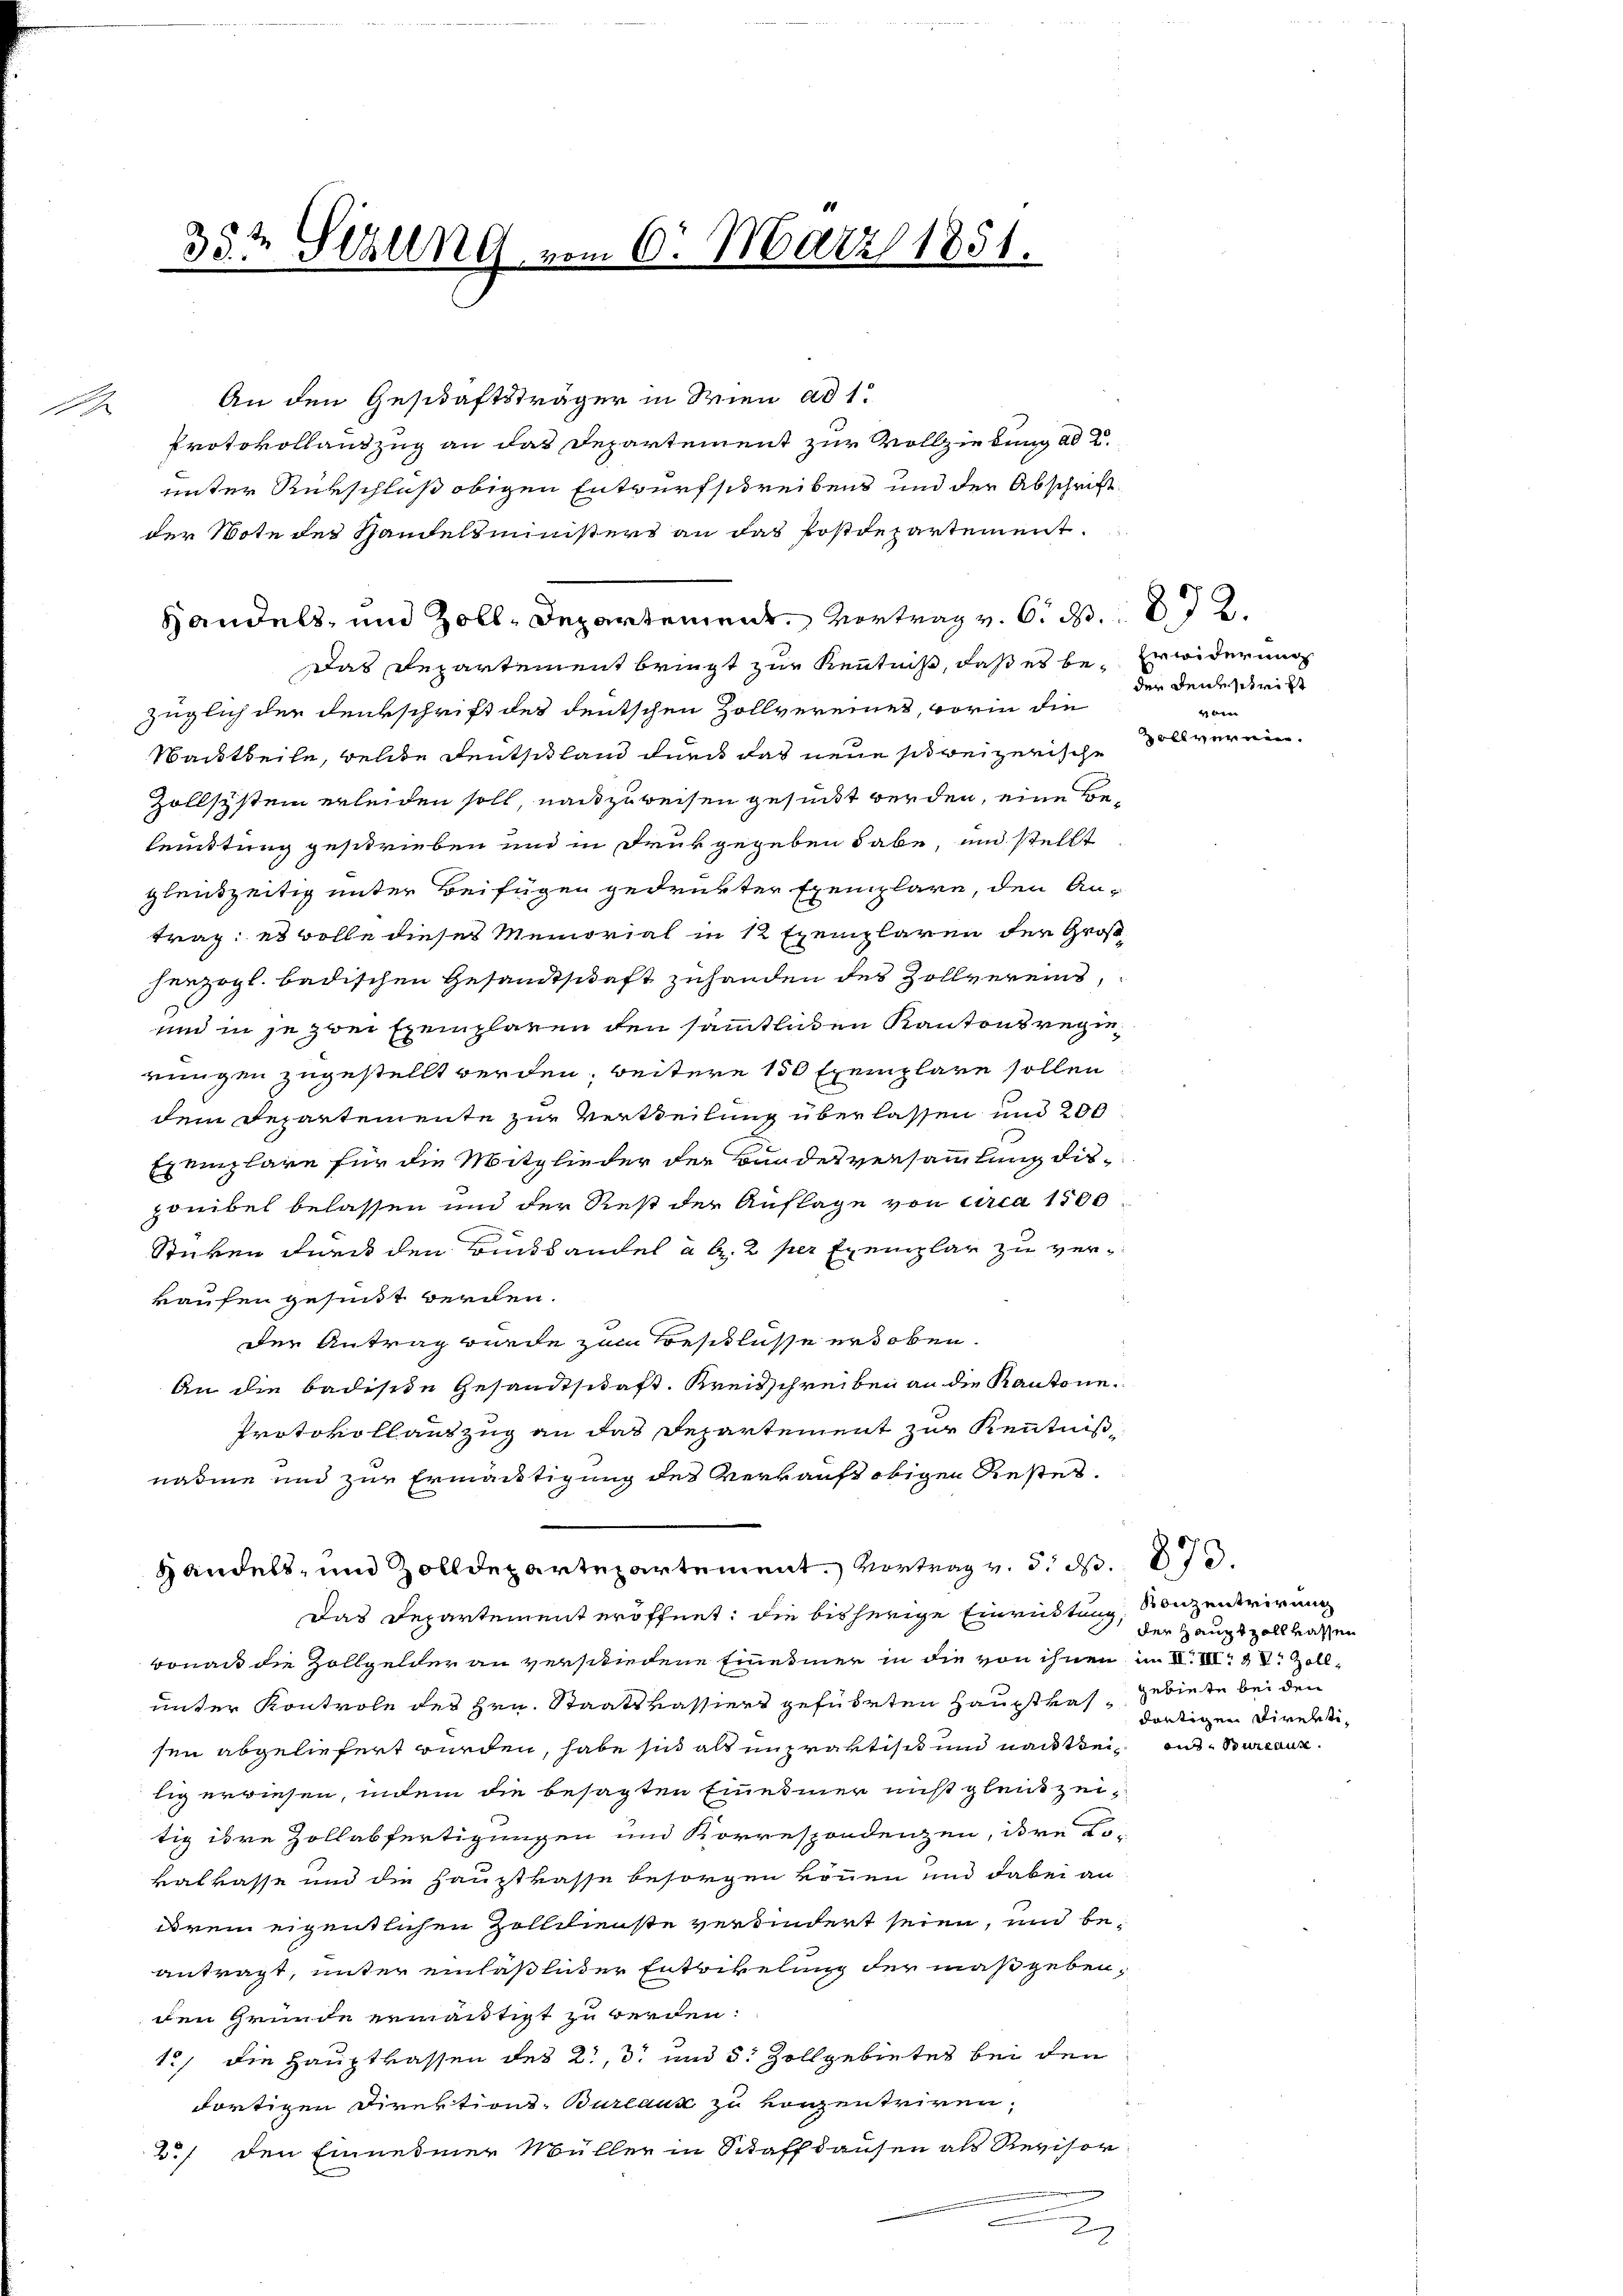
F

An den Geschäftsträger in Wien ad 1.
Protokollauszug an das Departement zur Vollziehung ad 2.
unter Rürschluß obigen Entwurfschreibens und der Abschrift
der Note des Handelsministers an das Postdepartement.
Handels- und Zoll-Departement. Vertrag v. 6. d. 2.
Das Departement bringt zur Kenntniß, daß es bei Erwiderung
züglich der Denkschrift des deutschen Zollvereines, worin die
Mautheile, welche Deutschland nun das neue schweizerische
Zollsystem erleiden soll, nachzuweisen gesuckt werden, eine Beleitung geschrieben und in Druk gegeben habe, und stellt
gleichzeitig unter Beifügen gedruckter Exemplare, den Antrag: es wolle dieses Memorial in 12 Exemplaren der Großherzogl. badischen Gesandtschaft zuhanden des Zollvereins,
und in je zwei Exemplaren den sämmtlichen Kantonsregierungen zugestellt werden; weitere 150 Exemplare sollen
dem Departemente zur Vertheilung überlassen und 200
Exemplare für die Mitglieder der Bundesversammlung dieponibel belassen und der Rest der Auflage von circa 1500
Stücken durch den Bücktandel à b. 2 per Exemplar zu verkaufen gesundt werden.
der Antrag wurde zum Beschlusse erhoben.
An die badische Gesandtschaft. Kreisschreiben an die Kantone
Protokollanzzug an das Departement zur Kenntniß
nahme und zur Ermantigung des Verkauft obigen Restet.
Handels- und Zolldepartepartement. Vortrag v. d. d. 873.
Das Departement eröffnet; die bisherige Einrichtung,
Bona die Zollgelder an verschiedene Einedmer in die von ihnen im II. III 2 S. Zollunter Kontrole des Hrn. Staatskassiers geführten Hauptkas gebiete bei den
sen abgeliefert wurden, habe sich als unpraktisch und nachttei und Stuckant.
lig erwiesen, indem die besagten Einesmer nicht gleichzeitig ihre Zollabfertigungen und Korrespondenzen, ihre Lo-
kalkasse und die Hauptkasse besorgen können und dabei an
drein eigentlichen Zolldienste verbindert seien, und beantragt, unter einläßlicher Entwickelung der maßgeben,
den Grunde ermächtigt zu werden:
12, die Hauptkassen des 2, 3 und 5 Zollgebietes bei den
dortigen Direktions-Bureaux zu vorzentriren.
2./ den Einnehmer Müller in Schaffhausen als Revisor
29

35te Sitzung u.

am 6. März 1831.

der den stritt
vom
Zollvernen.

Konzentrirung
der Hauptzollkassen
dortigen Direkti¬